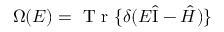
\Omega ( E ) = \mathrm { ~ T ~ r ~ } \{ \delta ( E \hat { \mathrm { I } } - \hat { H } ) \}